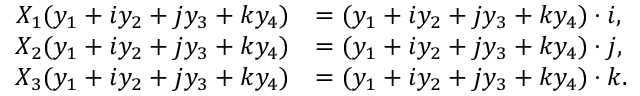
\begin{array} { r l } { X _ { 1 } ( y _ { 1 } + i y _ { 2 } + j y _ { 3 } + k y _ { 4 } ) } & { = ( y _ { 1 } + i y _ { 2 } + j y _ { 3 } + k y _ { 4 } ) \cdot i , } \\ { X _ { 2 } ( y _ { 1 } + i y _ { 2 } + j y _ { 3 } + k y _ { 4 } ) } & { = ( y _ { 1 } + i y _ { 2 } + j y _ { 3 } + k y _ { 4 } ) \cdot j , } \\ { X _ { 3 } ( y _ { 1 } + i y _ { 2 } + j y _ { 3 } + k y _ { 4 } ) } & { = ( y _ { 1 } + i y _ { 2 } + j y _ { 3 } + k y _ { 4 } ) \cdot k . } \end{array}